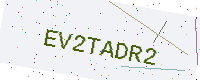
Text: EV2TADR2